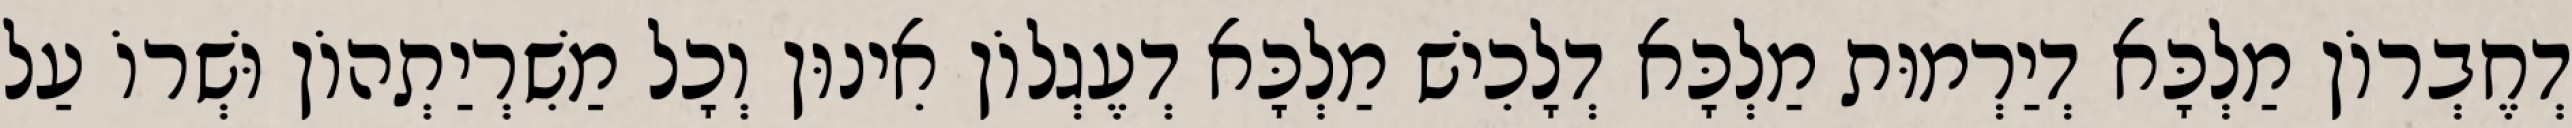
דְחֶבְרוֹן מַלְכָּא דְיַרְמוּת מַלְכָּא דְלָכִישׁ מַלְכָּא דְעֶגְלוֹן אִינוּן וְכָל מַשִׁרְיַתְהוֹן וּשְׁרוֹ עַל